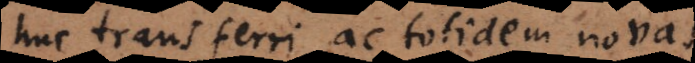
huc transferri, ac totidem novas